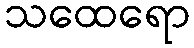
သထေရော